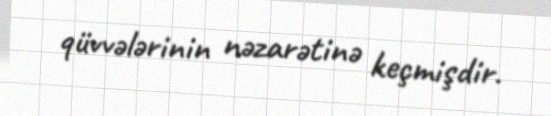
qüvvələrinin nəzarətinə keçmişdir.